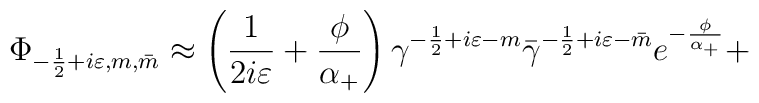
\Phi _{-\frac 12+i\varepsilon ,m,\bar m}\approx \left( \frac 1{2i\varepsilon}+\frac \phi {\alpha _{+}}\right) \gamma ^{-\frac 12+i\varepsilon -m}\bar\gamma ^{-\frac 12+i\varepsilon -\bar m}e^{-\frac \phi {\alpha _{+}}}+